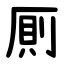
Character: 厠